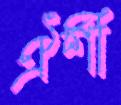
ঐশী